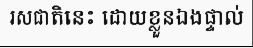
រសជាតិនេះ ដោយខ្លួនឯងផ្ទាល់